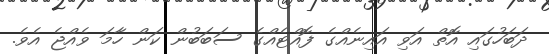
ދަބަހުގައި އޮތް އަވި އައިނެއްގެ ފޮއްޓެއްގެ ސަބަބުން ކަން ހާމަ ވެއްޖެ އެވެ.